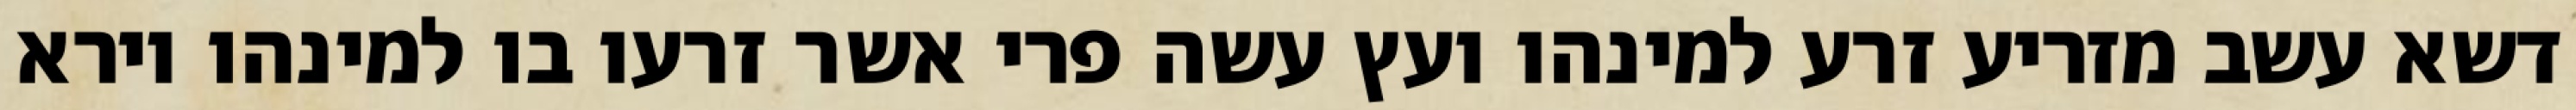
דשא עשב מזריע זרע למינהו ועץ עשה פרי אשר זרעו בו למינהו וירא